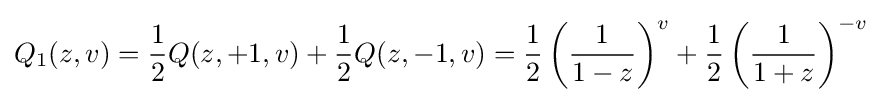
Q_{1}(z,v)={\frac {1}{2}}Q(z,+1,v)+{\frac {1}{2}}Q(z,-1,v)={\frac {1}{2}}\left({\frac {1}{1-z}}\right)^{v}+{\frac {1}{2}}\left({\frac {1}{1+z}}\right)^{-v}